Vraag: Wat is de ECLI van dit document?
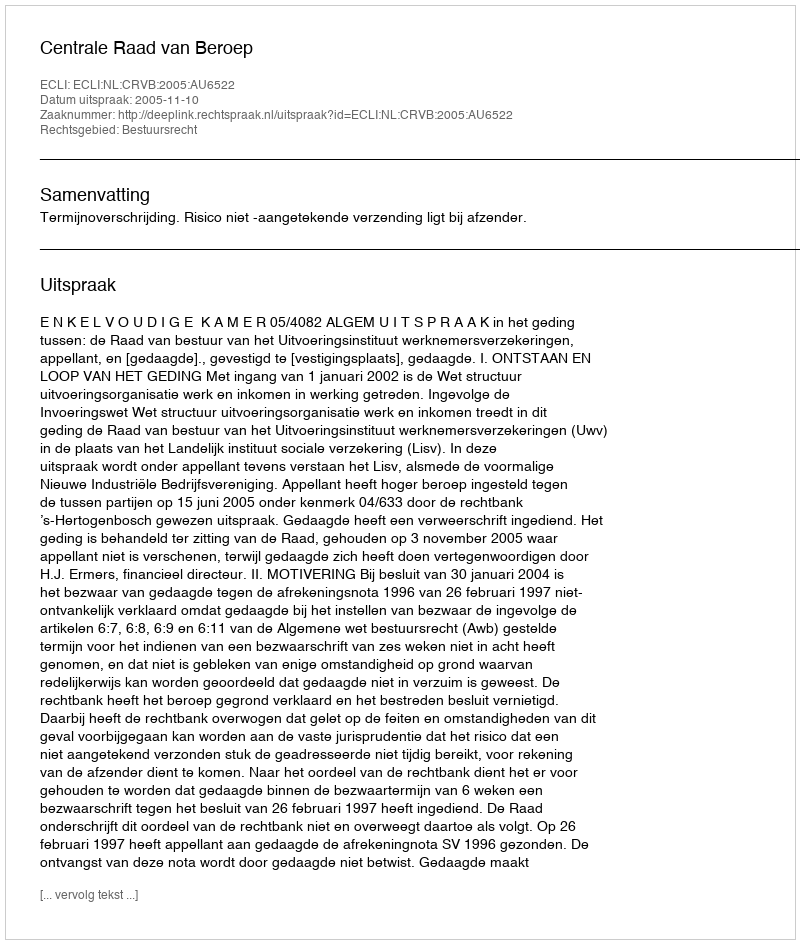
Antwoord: ECLI:NL:CRVB:2005:AU6522